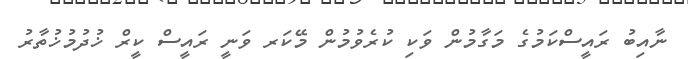
ނާއިބު ރައީސްކަމުގެ މަގާމުން ވަކި ކުރެވުމުން މޭކަރ ވަނީ ރައީސް ކީރް ޚުދުމުޚުތާރު